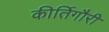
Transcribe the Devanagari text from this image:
कीर्तिगौरी